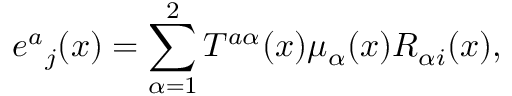
{ e ^ { a } } _ { j } ( x ) = \sum _ { \alpha = 1 } ^ { 2 } T ^ { a \alpha } ( x ) \mu _ { \alpha } ( x ) { \cal R } _ { \alpha i } ( x ) ,